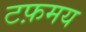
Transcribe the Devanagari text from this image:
टफ़मय